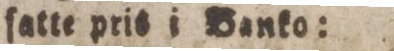
ſatte pris i Banko: